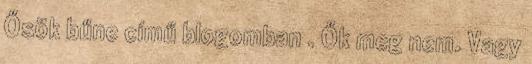
Ősök bűne című blogomban . Ők meg nem. Vagy